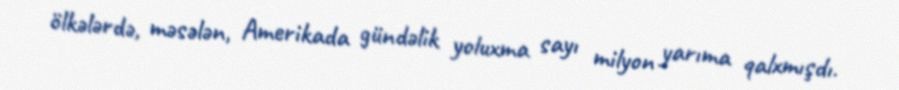
ölkələrdə, məsələn, Amerikada gündəlik yoluxma sayı milyon yarıma qalxmışdı.